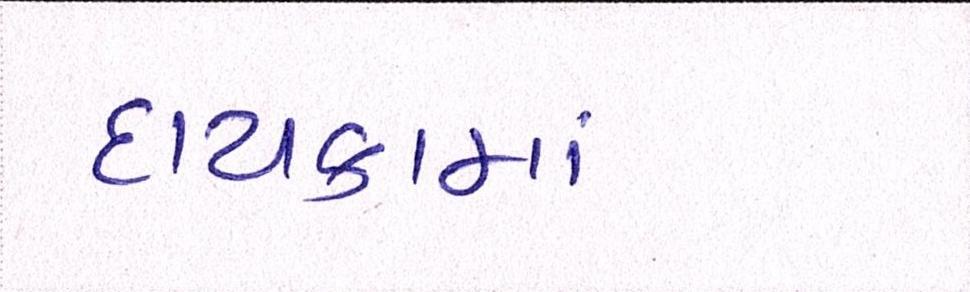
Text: દાયકામાં